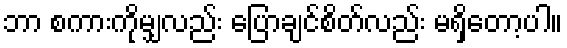
ဘာ စကားကိုမျှလည်း ပြောချင်စိတ်လည်း မရှိတော့ပါ။